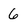
Character: 6